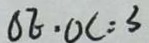
O E \cdot O C = 3